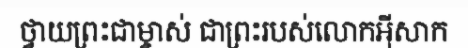
ថ្វាយព្រះជាម្ចាស់ ជាព្រះរបស់លោកអ៊ីសាក